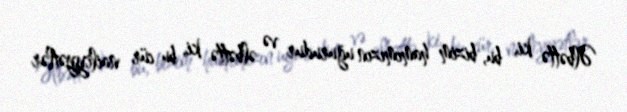
Əlbəttə ki, bu, bizim hamımızın uğurudur və əlbəttə ki, bu cür nailiyyətlər